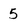
Character: 5